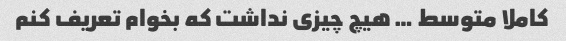
کاملا متوسط … هیچ چیزی نداشت که بخوام تعریف کنم